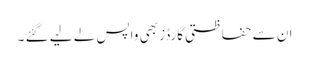
ان سے حفاظتی گارڈز بھی واپس لے لیے گئے ۔